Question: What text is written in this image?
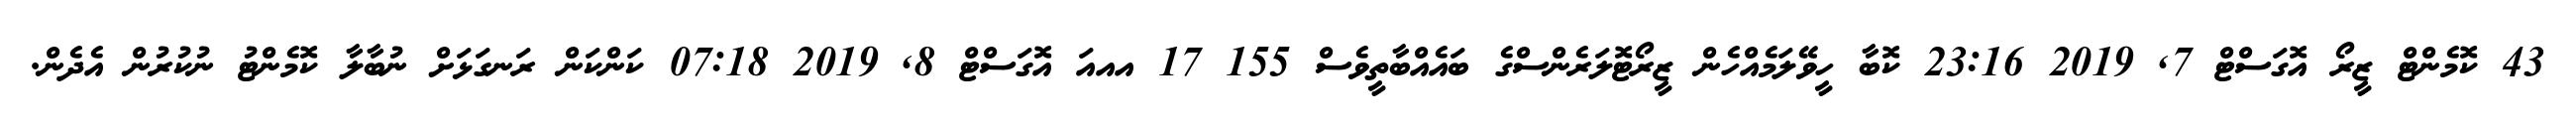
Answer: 43 ކޮމެންޓް ޒީރޯ އޮގަސްޓް 7, 2019 23:16 ކޮބާ ހީވޭލަމެއްހެން ޒީރޯޓޮލަރެންސްގެ ބައެއްބާތީވެސް 155 17 އއއަ އޮގަސްޓް 8, 2019 07:18 ކަންކަން ރަނގަޅަށް ނުބާލާ ކޮމެންޓު ނުކުރުން އެދެން.